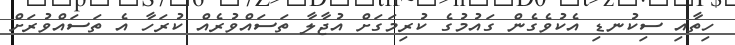
ހިތާއި ސިކުނޑި އެކުވެގެން ގައުމުގެ ކުރިމަގަށް އުޖާލާ ތަސައްވުރެއް ކުރަހާ އެ ތަސައްވުރަށް